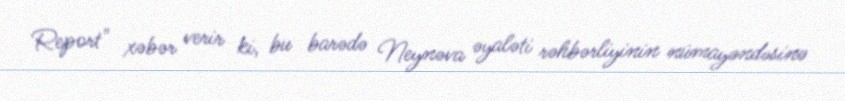
Report" xəbər verir ki, bu barədə Neynəva əyaləti rəhbərliyinin nümayəndəsinə